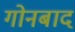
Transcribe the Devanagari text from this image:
गोनबाद